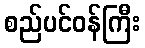
စည်ပင်ဝန်ကြီး